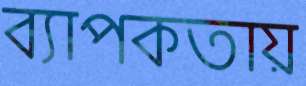
ব্যাপকতায়